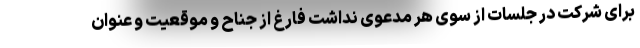
برای شرکت در جلسات از سوی هر مدعوی نداشت فارغ از جناح و موقعیت و عنوان